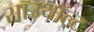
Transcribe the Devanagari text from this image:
साउथॉल्ट